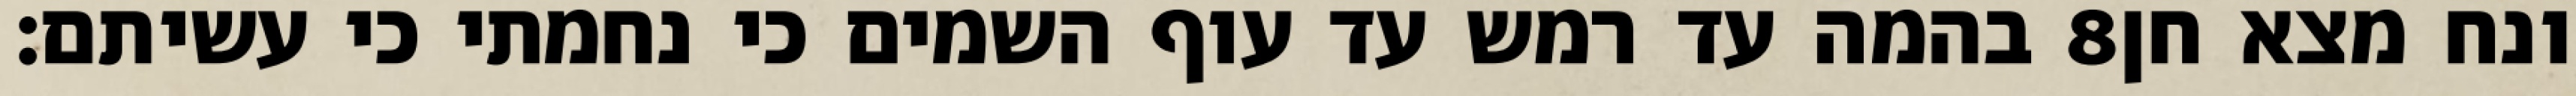
בהמה עד רמש עד עוף השמים כי נחמתי כי עשיתם׃ ‎8‏ ונח מצא חן